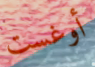
أوغست